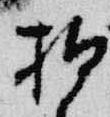
拍